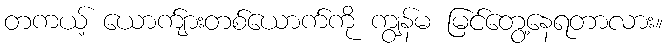
တကယ့် ယောက်ျားတစ်ယောက်ကို ကျွန်မ မြင်တွေ့နေရတာလား။